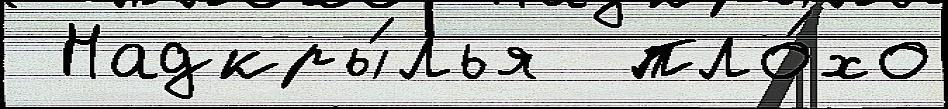
 Надкры́лья  пло́хо